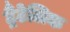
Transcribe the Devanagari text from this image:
ट्रैंटेलिक